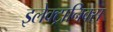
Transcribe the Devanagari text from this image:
इलेक्ट्रानिक्‍स